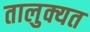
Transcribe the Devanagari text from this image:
तालुक्यत